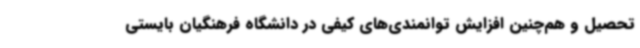
تحصیل و هم‌چنین افزایش توانمندی‌های کیفی در دانشگاه فرهنگیان بایستی